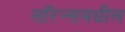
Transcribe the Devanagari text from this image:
लॉरेन्समधील